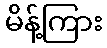
မိန့်ကြား